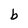
Character: b